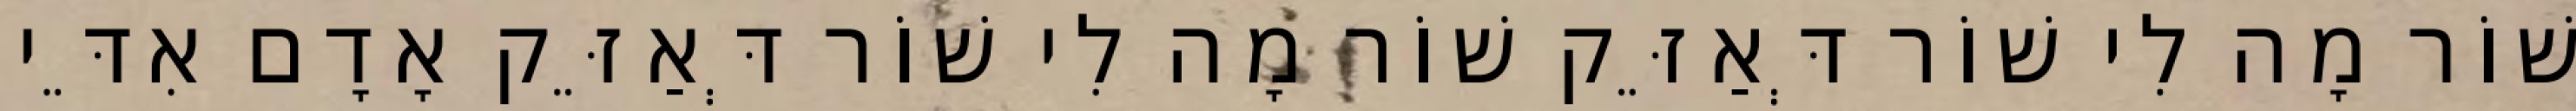
שׁוֹר מָה לִי שׁוֹר דְּאַזֵּק שׁוֹר מָה לִי שׁוֹר דְּאַזֵּק אָדָם אִדֵּי